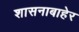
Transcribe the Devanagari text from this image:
शासनाबाहेर